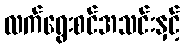
လက်ရွေးစင်အသင်းနှင့်